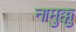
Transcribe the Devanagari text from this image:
नामुक्कु